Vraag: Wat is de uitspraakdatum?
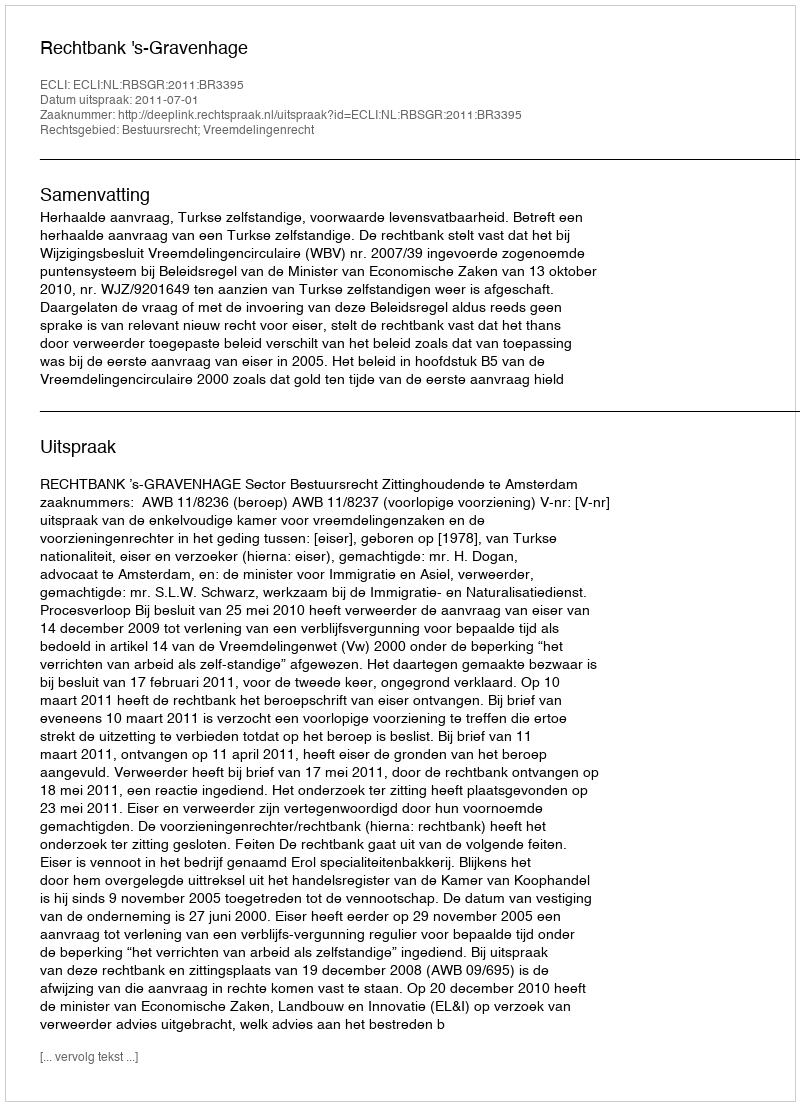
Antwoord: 2011-07-01